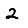
Digit: 2